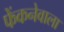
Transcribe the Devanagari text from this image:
फेंकनेवाला